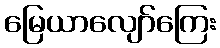
မြေယာလျော်ကြေး